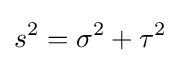
s^{2}=\sigma ^{2}+\tau ^{2}